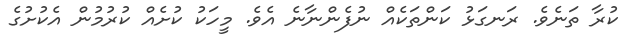
ކުރާ ތަނެވެ. ރަނގަޅު ކަންތަކެއް ނުފެންނާނެ އެވެ. މީހަކު ކުށެއް ކުރުމުން އެކުށުގެ